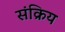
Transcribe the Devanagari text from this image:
संक्रिय